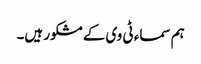
ہم سماء ٹی وی کے مشکور ہیں۔